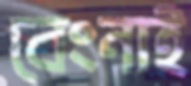
বেংনাই